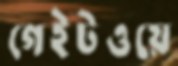
গেইটওয়ে